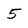
Character: 5